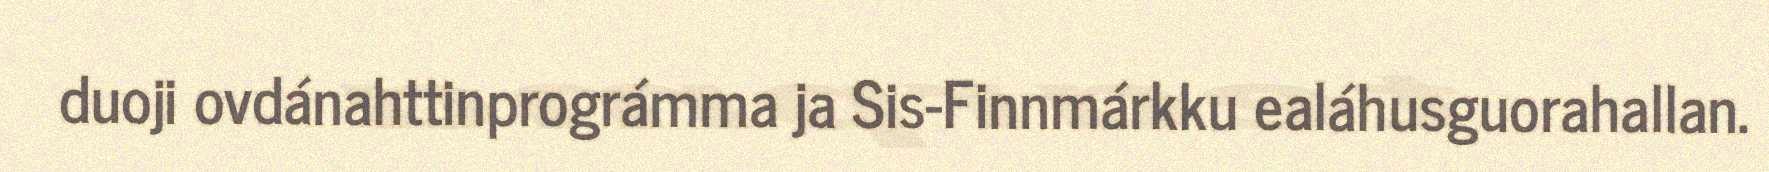
duoji ovdánahttinprográmma ja Sis-Finnmárkku ealáhusguorahallan.